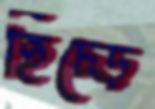
হিঁচ্‌ড়ে